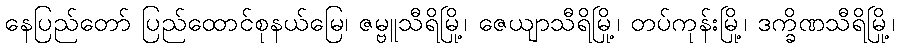
နေပြည်တော် ပြည်ထောင်စုနယ်မြေ၊ ဇမ္ဗူသီရိမြို့၊ ဇေယျာသီရိမြို့၊ တပ်ကုန်းမြို့၊ ဒက္ခိဏသီရိမြို့၊